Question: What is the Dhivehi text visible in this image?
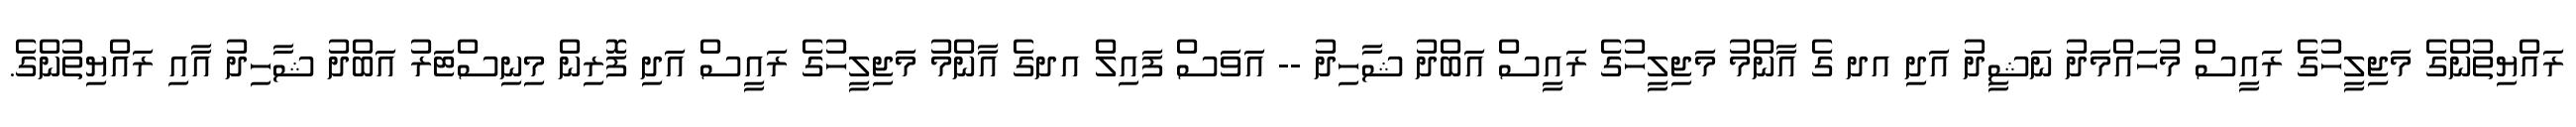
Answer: ރައްޔިތުންގެ މަޖިލީހުގެ ރައީސް މުހައްމަދު ނަޝީދު އަދި އދ ގެ އާންމު މަޖިލީހުގެ ރައީސް އަބްދު ޝާހިދު -- އަވަސް ފައިލް އދގެ އާންމު މަޖިލީހުގެ ރައީސް އަދި ފޮރިން މިނިސްޓަރު އަބްދު ޝާހިދު އާއި ރައްޔިތުންގެ.